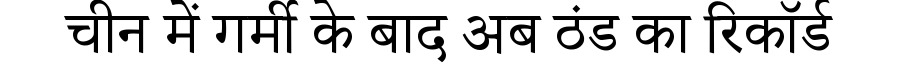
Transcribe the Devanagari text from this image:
चीन में गर्मी के बाद अब ठंड का रिकॉर्ड